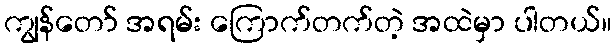
ကျွန်တော် အရမ်း ကြောက်တက်တဲ့ အထဲမှာ ပါတယ်။